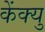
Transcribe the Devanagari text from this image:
केंक्यु